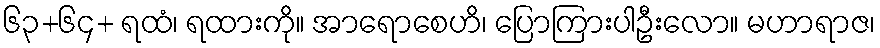
၆၃+၆၄+ ရထံ၊ ရထားကို။ အာရောစေဟိ၊ ပြောကြားပါဦးလော။ မဟာရာဇ၊